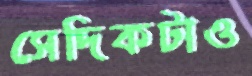
সেদিকটাও